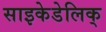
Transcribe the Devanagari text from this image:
साइकेडेलिक्